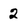
Character: 2